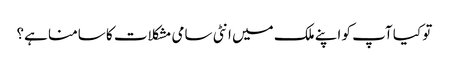
تو کیا آپ کو اپنے ملک میں انٹی سامی مشکلات کا سامنا ہے؟